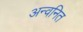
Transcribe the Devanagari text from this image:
अन्वनित